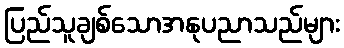
ပြည်သူချစ်သောအနုပညာသည်များ